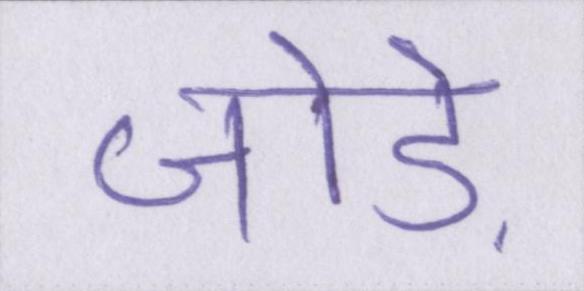
जोड़े